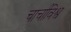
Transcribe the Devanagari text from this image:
चार्चाविश्व